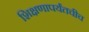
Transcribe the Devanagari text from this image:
शिक्षणापर्यंतचीच